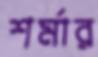
শর্মার